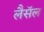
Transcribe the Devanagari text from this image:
लैसॅल